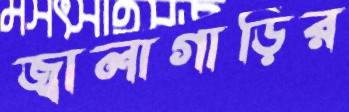
জ্বালাগাড়ির